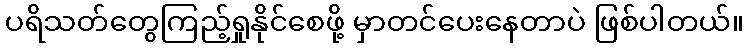
ပရိသတ်တွေကြည့်ရှုနိုင်စေဖို့ မှာတင်ပေးနေတာပဲ ဖြစ်ပါတယ်။